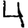
Digit: 4